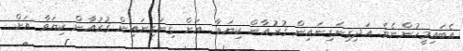
އެބައިމީހުންނެވެ. އަދިގިނަގިނައިން ޤުރުއާން ކިޔަވާ  އަށް ގިނަގިނައިން ޤުރުއާން ކިޔަވާ އަށް